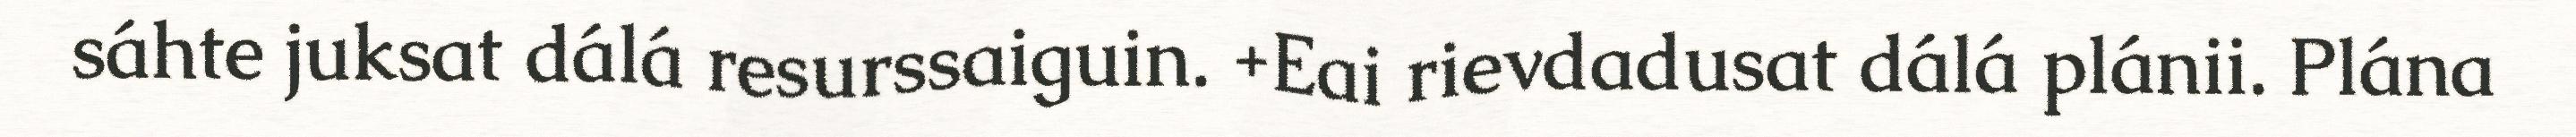
sáhte juksat dálá resurssaiguin. +Eai rievdadusat dálá plánii. Plána